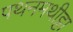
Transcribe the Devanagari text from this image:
पथनमथीट्टा